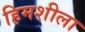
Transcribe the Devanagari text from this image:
हिमशीला